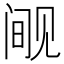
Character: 𰴘